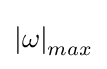
\left\vert \omega \right\vert _{max}